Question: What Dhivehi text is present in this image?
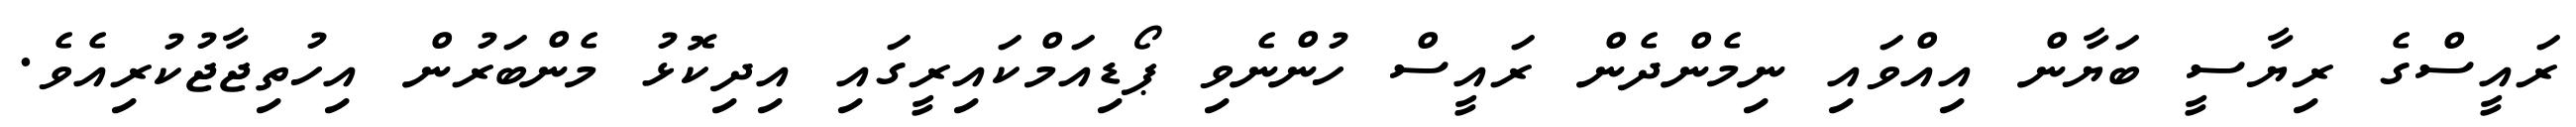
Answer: ރައީސްގެ ރިޔާސީ ބަޔާން އިއްވައި ނިމެންދެން ރައީސް ހުންނެވި ޕޯޑިއަމްކައިރީގައި އިދިކޮޅު މެންބަރުން އިހުތިޖާޖުކުރިއެވެ.